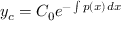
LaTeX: y _ { c } = C _ { 0 } e ^ { - \int p ( x ) \, d x }